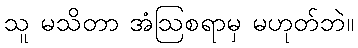
သူ မသိတာ အံဩစရာမှ မဟုတ်ဘဲ။